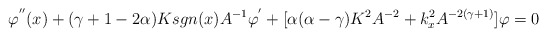
\begin{align*}\varphi ^{''}(x) + ( \gamma +1-2 \alpha ) K sgn(x) A^{-1} \varphi ^{'} +[ \alpha (\alpha -\gamma )K^{2} A^{-2} +k_{x}^{2} A^{-2(\gamma +1)}] \varphi =0 \end{align*}